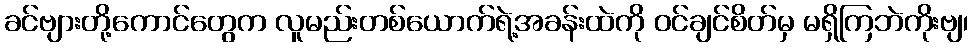
ခင်ဗျားတို့ကောင်တွေက လူမည်းတစ်ယောက်ရဲ့အခန်းထဲကို ဝင်ချင်စိတ်မှ မရှိကြဘဲကိုးဗျ၊